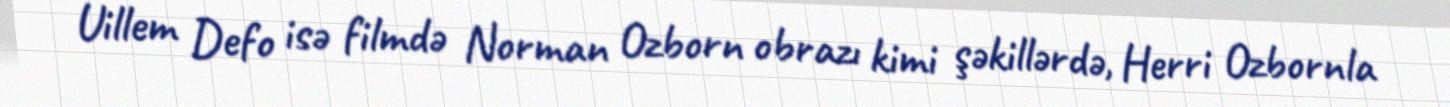
Uillem Defo isə filmdə Norman Ozborn obrazı kimi şəkillərdə, Herri Ozbornla